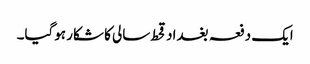
ایک دفعہ بغداد قحط سالی کا شکار ہوگیا۔